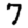
Digit: 7